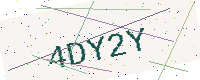
Text: 4DY2Y